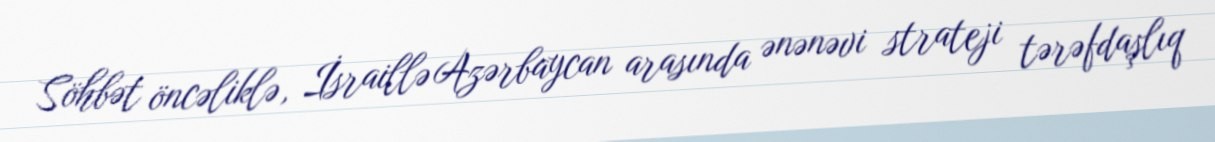
Söhbət öncəliklə, İsraillə Azərbaycan arasında ənənəvi strateji tərəfdaşlıq